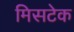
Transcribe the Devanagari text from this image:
मिसटेक